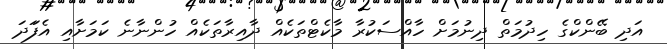
އަދި ބޭންކްގެ ހިދުމަތް ދިނުމަށް ހާއްސަކުރާ މާކެޓްތަކެއް ދާއިރާތަކެއް ހުންނާނެ ކަމަށާއި އެފަަދަ